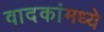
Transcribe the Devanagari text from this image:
वादकांमध्ये